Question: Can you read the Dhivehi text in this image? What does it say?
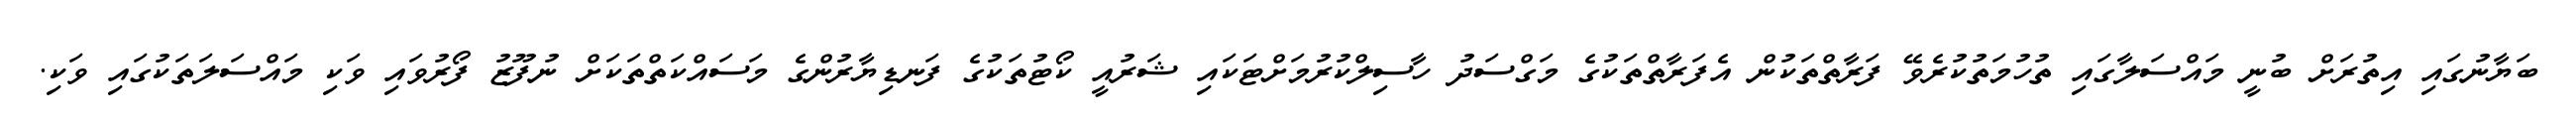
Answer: ބަޔާނުގައި އިތުރަށް ބުނީ މައްސަލާގައި ތުހުމަތުކުރެވޭ ފަރާތްތަކުން އެފަރާތްތަކުގެ މަގްސަދު ހާސިލްކުރުމަށްޓަކައި ޝަރުއީ ކޯޓުތަކުގެ ފަނޑިޔާރުންގެ މަސައްކަތްތަކަށް ނުފޫޒު ފޯރުވައި ވަކި މައްސަލަތަކުގައި ވަކި.